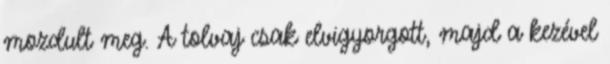
mozdult meg. A tolvaj csak elvigyorgott, majd a kezével